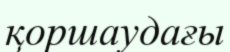
қоршаудағы